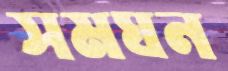
সমঘন